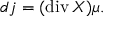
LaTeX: d j = ( \operatorname { d i v } X ) \mu .